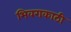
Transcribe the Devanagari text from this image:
भिवराकाठी